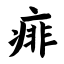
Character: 痱